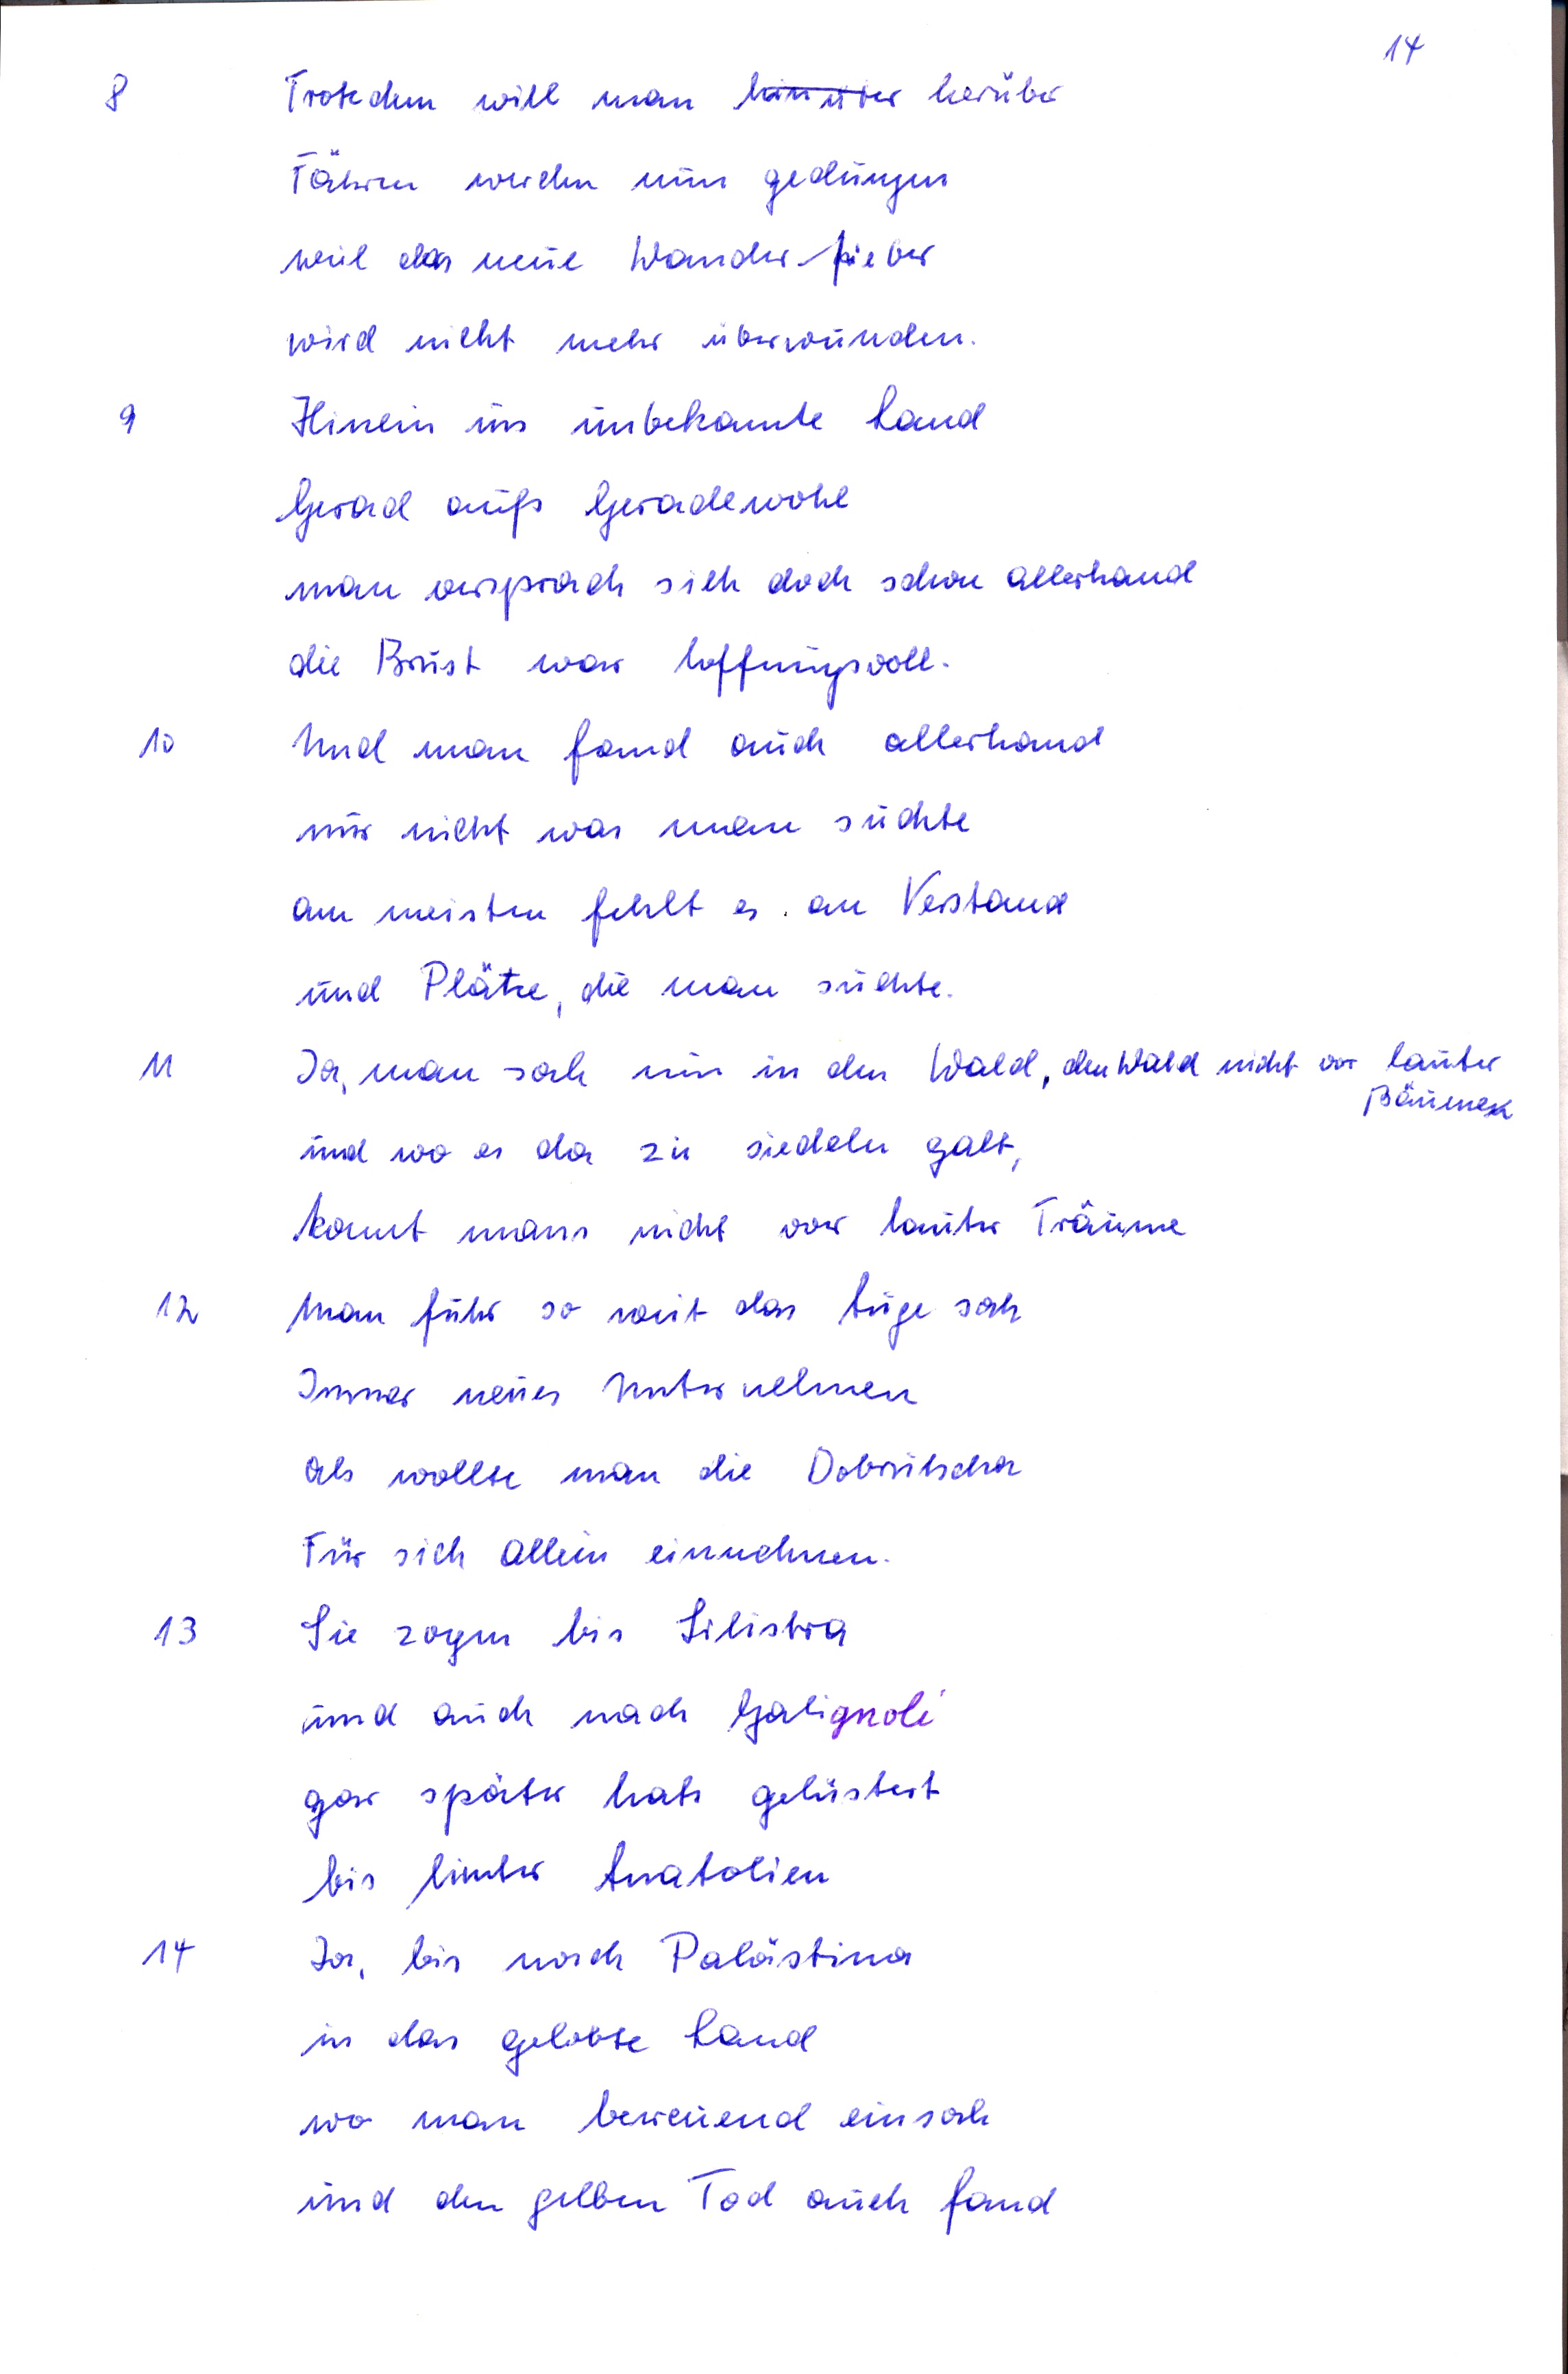
8	Trotzdem will man hinüber herüber
Fähren wurden nun gedungen
weil das meine Wanderfieber
wird nicht mehr überwinden
9	Hinein ins unbekannte Land
Gerad aufs Geradewohl
man versprach sich doch schon allerhand
die Brust war hoffnungsvoll
10	Und man fand auch allerhand
nur nicht was man suchte
am meisten fehlt as an Verstand
und Plätze, die man suchte
11	Ja, man sah nun in den Wald den Wald nicht vor lauter
Bäumen
und wo es da zu siedeln galt
konnt mans nicht vor lauter Träume
12	Man fuhr so weit das Auge sah
Immer neues Unternehmen
als wollte mandie Dobrutscha
Für sich allein einnehmen
13	Sie zogen bis Silistra
und auch nach Galignoli
gar später hats gelüstert
bis hinter Anatolien
14	Ja, bis nach Palästina
in das gelobte Land
wo man bereuend einsah
und den gelben Tod auch fand